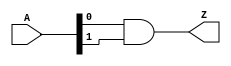
module and_2in_v (
  input [1:0] A,
  output Z
  );

  and(Z, A[0], A[1]);

endmodule //and_2in_v